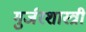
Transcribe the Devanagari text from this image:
गुर्जरशास्त्री